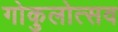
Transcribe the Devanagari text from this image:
गोकुलोत्सव